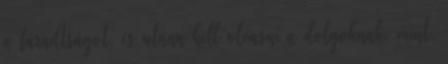
a fáradtságot, és utána kell olvasni a dolgoknak, mint,